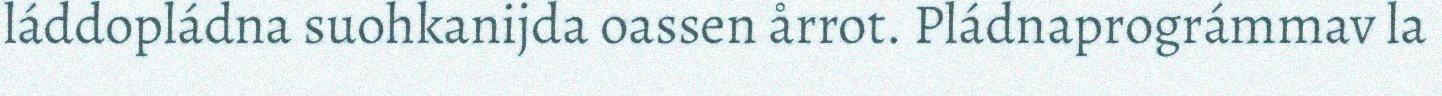
láddopládna suohkanijda oassen årrot. Pládnaprográmmav la